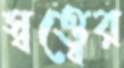
স্বত্ত্বের